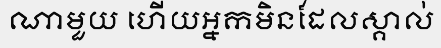
ណាមួយ ហើយអ្នកមិនដែលស្គាល់